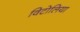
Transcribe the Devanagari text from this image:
विटोलिया